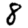
Digit: 8